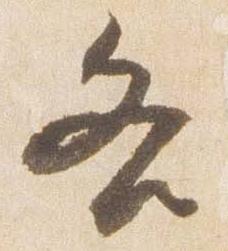
各